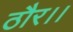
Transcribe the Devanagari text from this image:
ठौर।।